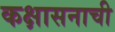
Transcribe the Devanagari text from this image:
कक्षासनाची